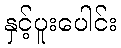
နှင့်ပူးပေါင်း